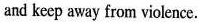
and keep away from violence.